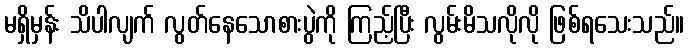
မရှိမှန်း သိပါလျက် လွတ်နေသောစားပွဲကို ကြည့်ပြီး လွမ်းမိသလိုလို ဖြစ်ရသေးသည်။